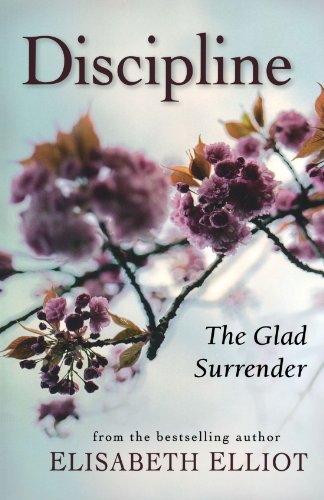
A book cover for Discipline: The Glad Surrender; Elisabeth Elliot; Christian Books & Bibles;